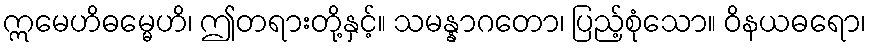
ဣမေဟိဓမ္မေဟိ၊ ဤတရားတို့နှင့်။ သမန္နာဂတော၊ ပြည့်စုံသော။ ဝိနယဓရော၊